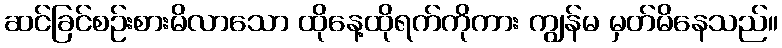
ဆင်ခြင်စဉ်းစားမိလာသော ထိုနေ့ထိုရက်ကိုကား ကျွန်မ မှတ်မိနေသည်။